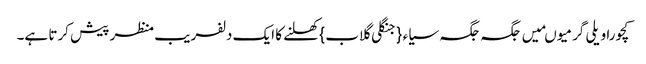
کچورا ویلی گرمیو ںمیں جگہ جگہ سیاء{جنگلی گلاب} کھلنے کا ایک دلفریب منظر پیش کرتا ہے۔